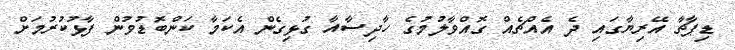
ޑިޕާޗާ އޭރިޔާގައި ދެ އެއްޗެއް ގޮއްވާލުމުގެ ހާދިސާއާ ގުޅިގެން އެކަމާ ކަންބޮޑުވުން ފާޅުކުރުމަށް